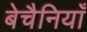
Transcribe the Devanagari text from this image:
बेचैनियाँ